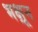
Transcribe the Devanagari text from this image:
भक्षून